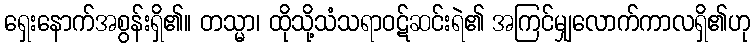
ရှေးနောက်အစွန်းရှိ၏။ တသ္မာ၊ ထိုသို့သံသရာဝဋ်ဆင်းရဲ၏ အကြင်မျှလောက်ကာလရှိ၏ဟု